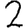
Digit: 2